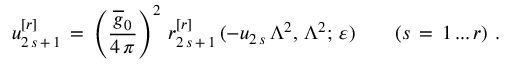
u _ { 2 \, s \, + \, 1 } ^ { [ r ] } \, = \, \left( \frac { \overline { { { g } } } _ { 0 } } { 4 \, \pi } \right) ^ { 2 } \, r _ { 2 \, s \, + \, 1 } ^ { [ r ] } \, ( - u _ { 2 \, s } \, \Lambda ^ { 2 } , \, \Lambda ^ { 2 } ; \, \varepsilon ) \qquad ( s \, = \, 1 \, . . . \, r ) \, \, .